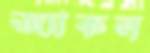
জ্যাকল